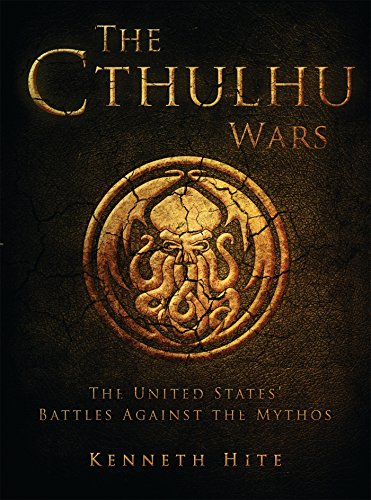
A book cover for The Cthulhu Wars: The United States' Battles Against the Mythos (Dark Osprey); Kenneth Hite; Science Fiction & Fantasy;